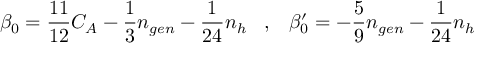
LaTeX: \beta _ { 0 } = \frac { 1 1 } { 1 2 } C _ { A } - \frac { 1 } { 3 } n _ { g e n } - \frac { 1 } { 2 4 } n _ { h } \; \; \; , \; \; \; \beta _ { 0 } ^ { \prime } = - \frac { 5 } { 9 } n _ { g e n } - \frac { 1 } { 2 4 } n _ { h }